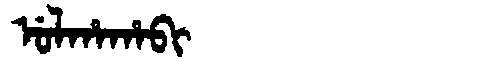
Manchu: ᡠᠯᡥᠠᡥᠠᠪᡳ
Romanization: ULHAHABI